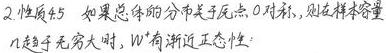
2. 性质4.5 如果总体的分布关于原点0对称, 则在样本容量$n$趋于无穷大时, $W^{+}$有渐近正态性: